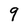
Character: 9